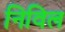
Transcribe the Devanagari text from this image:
निविल